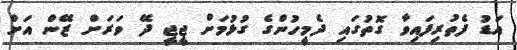
އަޑު ފެތުރިފައިވާ ގޮތުގައި ދެމީހުންގެ ގުޅުމަށް ޖީޖީ ދޭ ވަރަށް ޒޭން އަށް